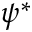
\psi ^ { * }